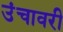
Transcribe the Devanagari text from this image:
उंचावरी